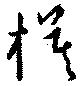
模